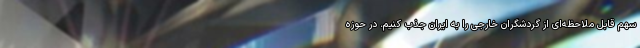
سهم قابل ملاحظه‌ای از گردشگران خارجی را به ایران جذب کنیم. در حوزه